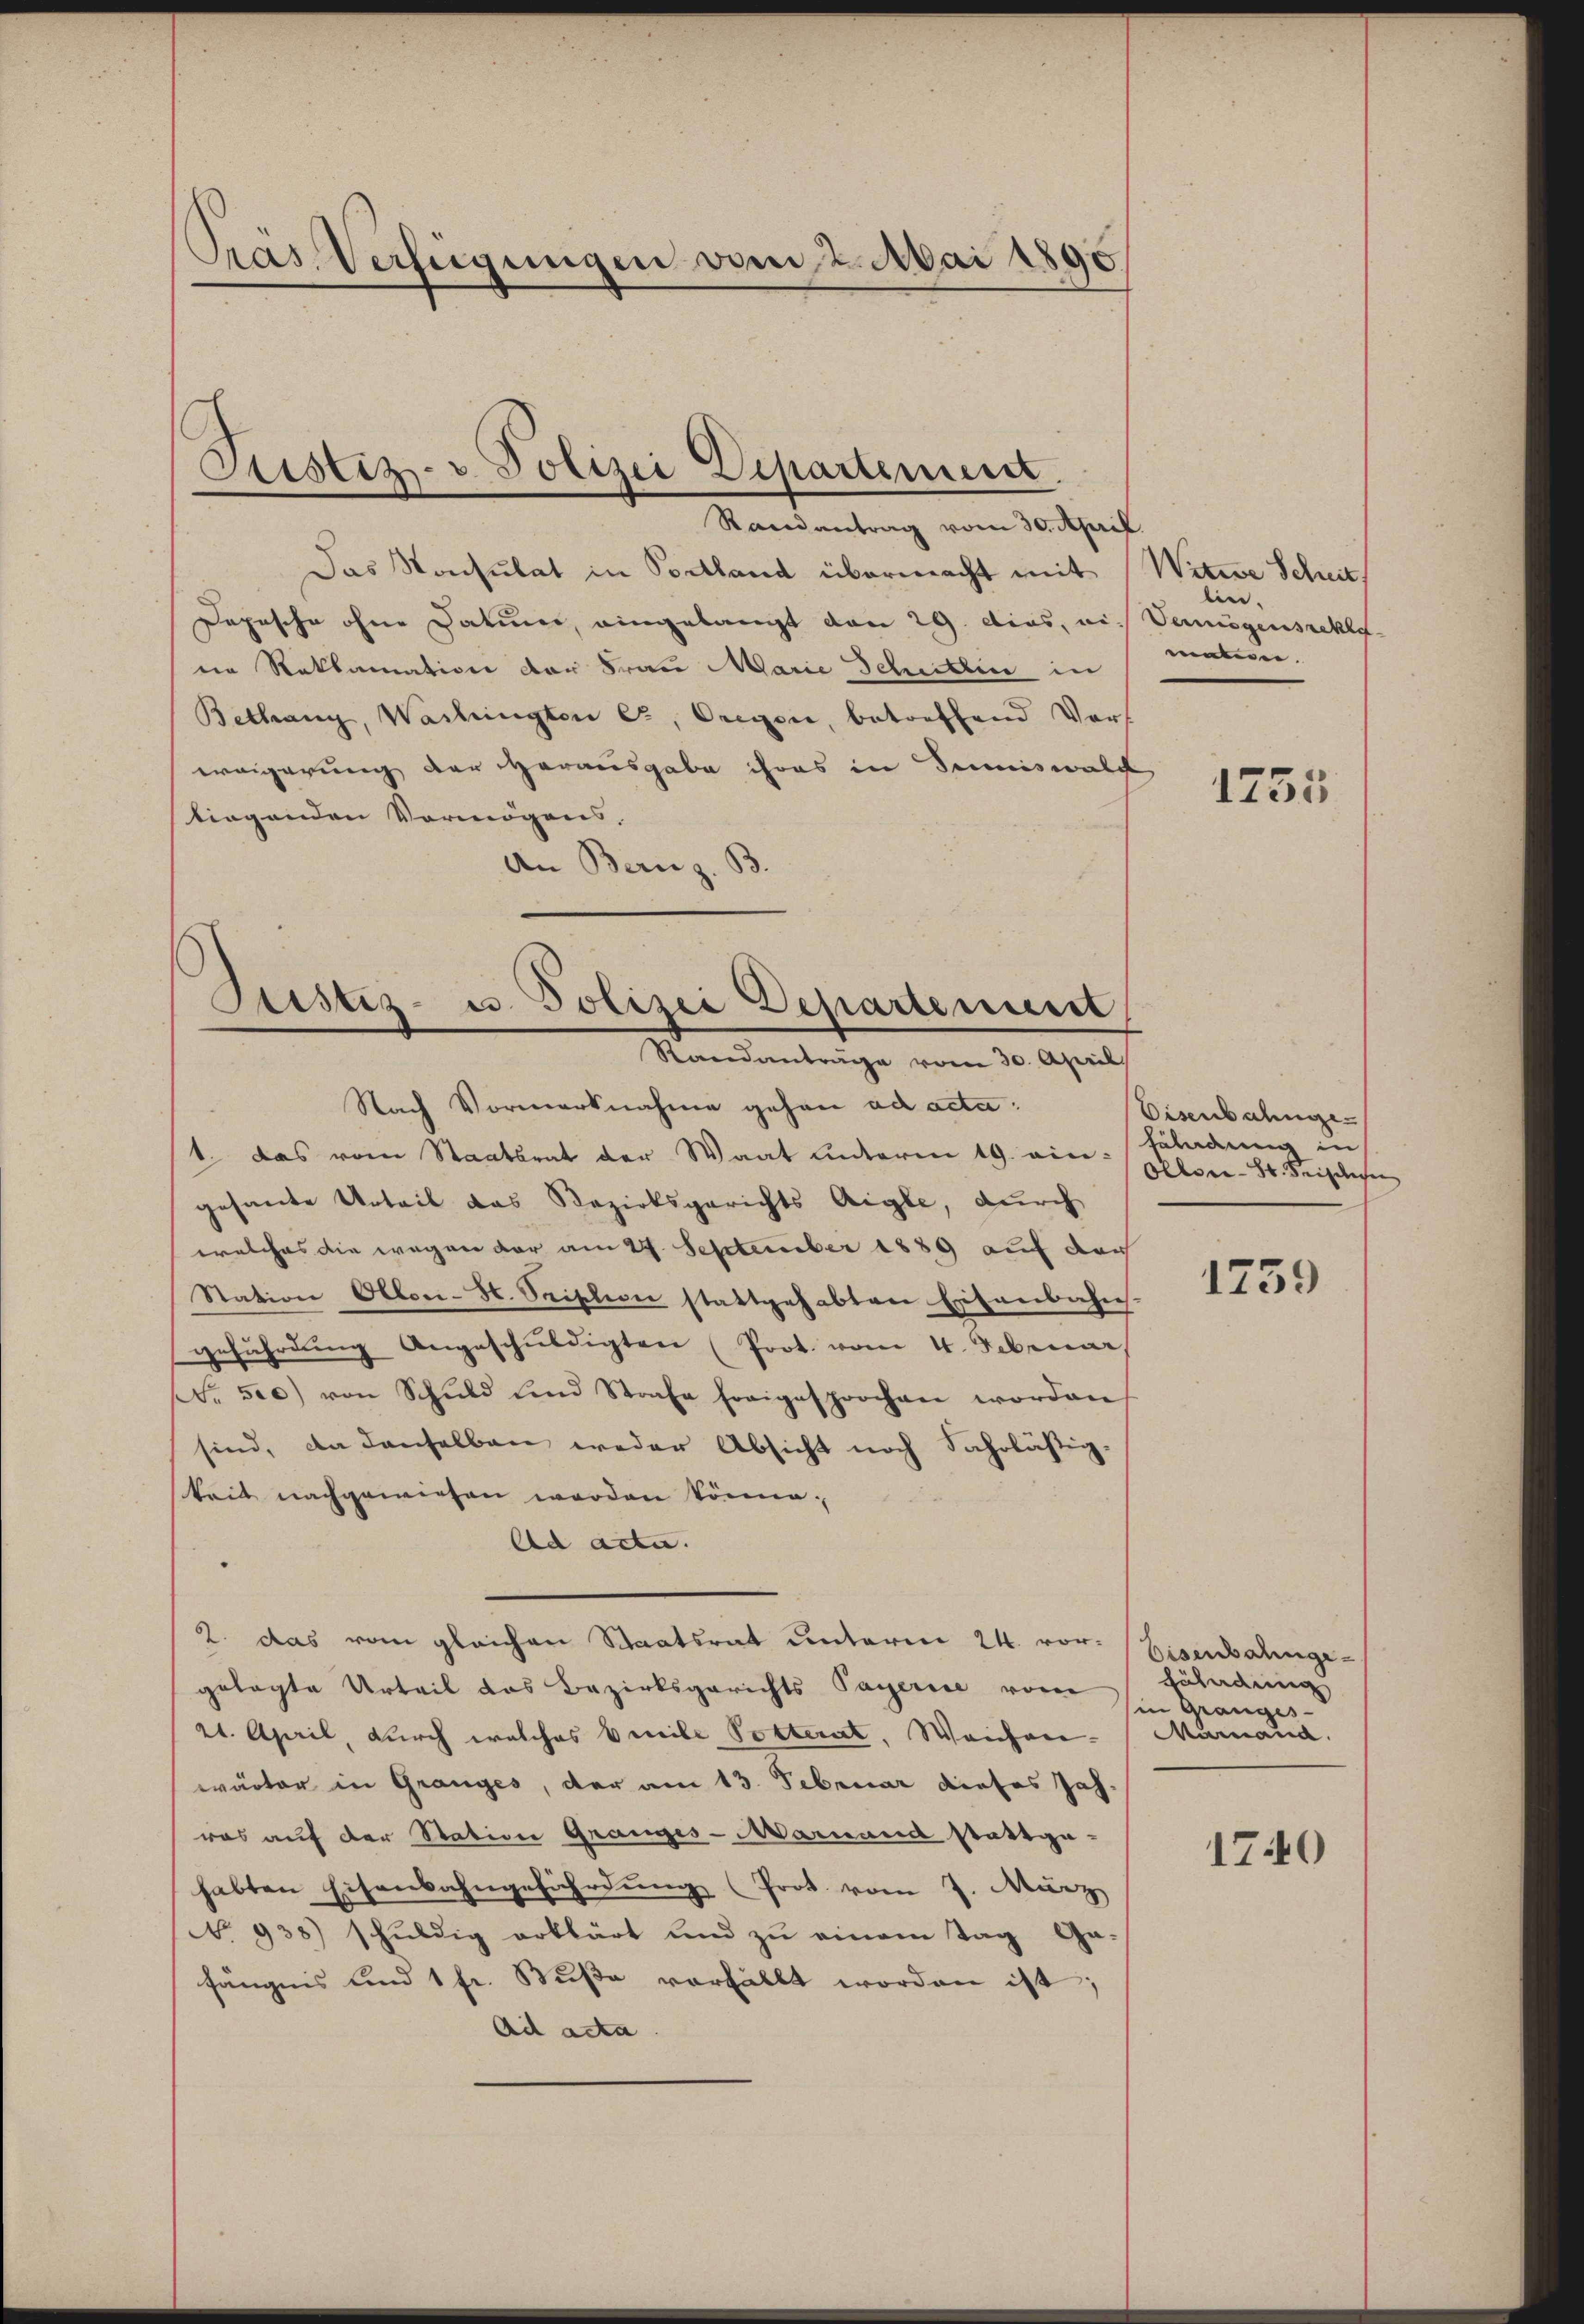
Pras. Verfügungen vom 2. Mai 1890

Ptistiz- u. Polizei Departement.

Randantrag vom 30. April
Das Konsulat in Portland übermacht mit Witwe Scheit
Dopische ohne Daturer, eingelangt den 29. dies, ai. Vermögensreklane Reklamation der Frau Marie Schullen in
Bethang, Washingten Er, Oregen, betreffend Vors
weigerung der Herausgabe ihres in Sumiswald
liegenden Vormögens.
An Bern z. B.

Justiz- u. Polizei Departement
Standanträge vom 30. April

Nach Vormerknahme gehen ad acta:
1. das vom Staatsrat der Waat unterm 19. eingesante Urteil das Bezirksgerichts Aigle, durch
welches die wegen vor am 29. September 1889 auf der
Station Olten-St. Seischon stattgehabten Eisenbahns-
gefährdung Angeschuldigten Prot. vom 4. Februar,
No. 500) von Schuld und Strafe freigesprochen worden
sind, da denselben weder Absicht noch Fahrlästig-
keit nachgewiesen worden könne.
Ad acta.
2. das vom gleichen Staatsrat unterm 24. vor- Eisenbahngegelegte Urteil das Bezirksgerichts Payerise von in Granges
21. April, durch welches beile Potterat, Weichen. Murnaud.
wärter in Granges, der am 13. Februar dieses Jah-
ras auf der Station Granges-Maruand stattge-
habten Eisenbahngefährdung (Prot. vom 7. März
No 938) schuldig erklärt und zu einem Tag Ga-
fängnis und 1 fr. Buße verfällt worden ist;
Ad acta.

lin.
mmmen.
1755

Eisenbahnge
Feldung in
Ollsee - St. Kreischehen

1759

bäladung

1740